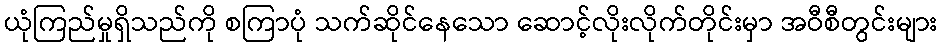
ယုံကြည်မှုရှိသည်ကို စကြာပုံ သက်ဆိုင်နေသော ဆောင့်လိုးလိုက်တိုင်းမှာ အဝီစီတွင်းများ